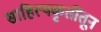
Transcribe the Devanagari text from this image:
साहित्यकृतींतून